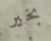
بخير